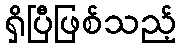
ရှိပြီဖြစ်သည့်